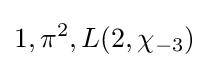
1,\pi ^{2},L(2,\chi _{-3})